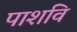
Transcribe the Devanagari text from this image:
पाशवि